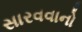
સારવવાનો